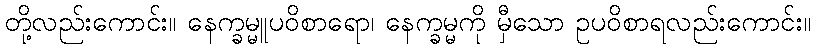
တို့လည်းကောင်း။ နေက္ခမ္မူပဝိစာရော၊ နေက္ခမ္မကို မှီသော ဥပဝိစာရလည်းကောင်း။